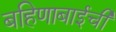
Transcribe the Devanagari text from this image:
बहिणाबाईची